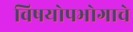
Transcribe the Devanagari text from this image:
विषयोपभोगाचे